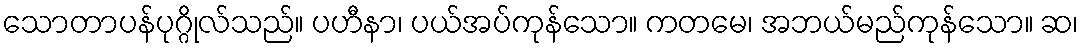
သောတာပန်ပုဂ္ဂိုလ်သည်။ ပဟီနာ၊ ပယ်အပ်ကုန်သော။ ကတမေ၊ အဘယ်မည်ကုန်သော။ ဆ၊